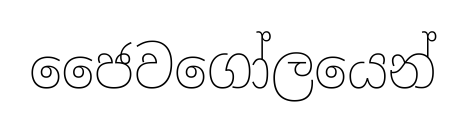
ජෛවගෝලයෙන්